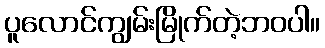
ပူလောင်ကျွမ်းမြိုက်တဲ့ဘဝပါ။